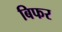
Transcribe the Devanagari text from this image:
बिफर